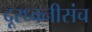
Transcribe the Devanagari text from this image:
दूरध्वनीसंच